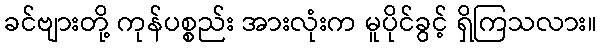
ခင်ဗျားတို့ ကုန်ပစ္စည်း အားလုံးက မူပိုင်ခွင့် ရှိကြသလား။